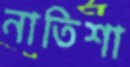
নাতিশা